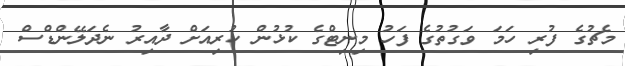
މެޗުގެ ފުރި ހަމަ ވަގުތުގެ ފަހު މިނިޓްގެ ކުޅުން ކުރިއަށް ދާއިރު ނެދަލޭންޑްސް